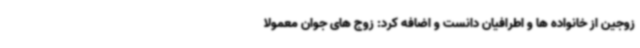
زوجین از خانواده ها و اطرافیان دانست و اضافه کرد: زوج های جوان معمولا